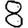
Digit: 8